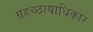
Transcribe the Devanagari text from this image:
ग्रहच्छायाधिकार